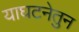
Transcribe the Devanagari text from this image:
याघटनेतुन